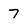
Character: 7